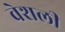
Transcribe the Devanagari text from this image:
वेशली